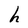
Character: h